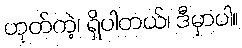
ဟုတ်ကဲ့၊ ရှိပါတယ်၊ ဒီမှာပါ။